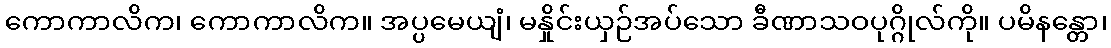
ကောကာလိက၊ ကောကာလိက။ အပ္ပမေယျံ၊ မနှိုင်းယှဉ်အပ်သော ခီဏာသဝပုဂ္ဂိုလ်ကို။ ပမိနန္တော၊